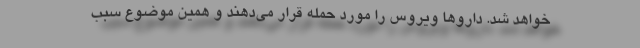
خواهد شد. داروها ویروس را مورد حمله قرار می‌دهند و همین موضوع سبب